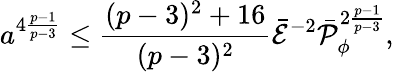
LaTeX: a^{4{\frac{p-1}{p-3}}}\leq{\frac{(p-3)^{2}+16}{(p-3)^{2}}}\bar{\cal E}^{-2}\bar{\cal P}_{\phi}^{2{\frac{p-1}{p-3}}},